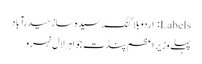
Labels: اردو بلاگنگ, سیدہ ساز حیدرآباد
پہلے وزیر اعظم پنڈت جواہرلال نہرو